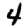
Digit: 4